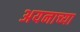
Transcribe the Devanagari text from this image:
अयनाच्या